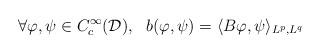
LaTeX: \begin{align*}\forall \varphi,\psi \in C_c^{\infty}(\mathcal{D}), \ \ b(\varphi,\psi) = \langle B\varphi,\psi\rangle_{L^p,L^q}\end{align*}